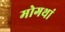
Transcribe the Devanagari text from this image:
मोगथां